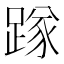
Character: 䠔